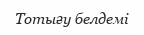
Тотығу белдемі